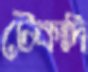
টেকাদি